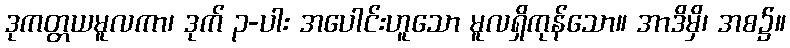
ဒုကတ္တယမူလကာ၊ ဒုက် ၃-ပါး အပေါင်းဟူသော မူလရှိကုန်သော။ အာဒိမှိ၊ အစ၌။